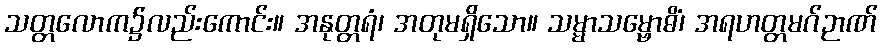
သတ္တလောက၌လည်းကောင်း။ အနုတ္တရံ၊ အတုမရှိသော။ သမ္မာသမ္ဗောဓိံ၊ အရဟတ္တမဂ်ဉာဏ်